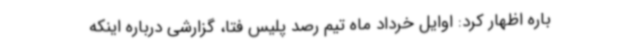
باره اظهار کرد: اوایل خرداد ماه تیم رصد پلیس فتا، گزارشی درباره اینکه